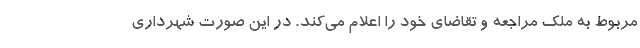
مربوط به ملک مراجعه و تقاضای خود را اعلام می‌کند. در این صورت شهرداری